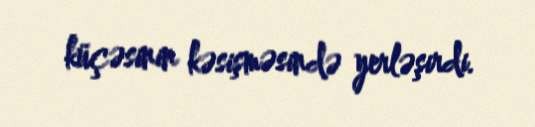
küçəsinin kəsişməsində yerləşirdi.